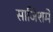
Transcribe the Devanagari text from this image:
साजिशमें